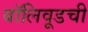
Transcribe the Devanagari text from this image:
बॉलिवूडची